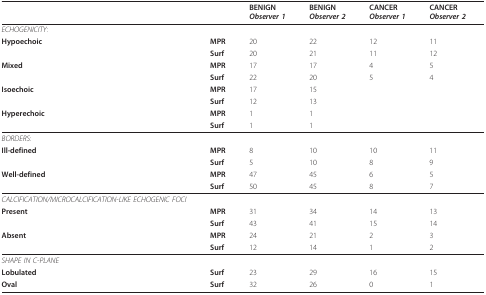
<table><thead><tr><td></td><td></td><td><b>BENIGN<i>Observer 1</i></b></td><td><b>BENIGN<i>Observer 2</i></b></td><td><b>CANCER<i>Observer 1</i></b></td><td><b>CANCER<i>Observer 2</i></b></td></tr></thead><tbody><tr><td><i>ECHOGENICITY</i>:</td><td></td><td></td><td></td><td></td><td></td></tr><tr><td><b>Hypoechoic</b></td><td><b>MPR</b></td><td>20</td><td>22</td><td>12</td><td>11</td></tr><tr><td></td><td><b>Surf</b></td><td>20</td><td>21</td><td>11</td><td>12</td></tr><tr><td><b>Mixed</b></td><td><b>MPR</b></td><td>17</td><td>17</td><td>4</td><td>5</td></tr><tr><td></td><td><b>Surf</b></td><td>22</td><td>20</td><td>5</td><td>4</td></tr><tr><td><b>Isoechoic</b></td><td><b>MPR</b></td><td>17</td><td>15</td><td></td><td></td></tr><tr><td></td><td><b>Surf</b></td><td>12</td><td>13</td><td></td><td></td></tr><tr><td><b>Hyperechoic</b></td><td><b>MPR</b></td><td>1</td><td>1</td><td></td><td></td></tr><tr><td></td><td><b>Surf</b></td><td>1</td><td>1</td><td></td><td></td></tr><tr><td><i>BORDERS</i>:</td><td></td><td></td><td></td><td></td><td></td></tr><tr><td><b>Ill-defined</b></td><td><b>MPR</b></td><td>8</td><td>10</td><td>10</td><td>11</td></tr><tr><td></td><td><b>Surf</b></td><td>5</td><td>10</td><td>8</td><td>9</td></tr><tr><td><b>Well-defined</b></td><td><b>MPR</b></td><td>47</td><td>45</td><td>6</td><td>5</td></tr><tr><td></td><td><b>Surf</b></td><td>50</td><td>45</td><td>8</td><td>7</td></tr><tr><td><i>CALCIFICATION/MICROCALCIFICATION-LIKE ECHOGENIC FOCI</i></td><td></td><td></td><td></td><td></td><td></td></tr><tr><td><b>Present</b></td><td><b>MPR</b></td><td>31</td><td>34</td><td>14</td><td>13</td></tr><tr><td></td><td><b>Surf</b></td><td>43</td><td>41</td><td>15</td><td>14</td></tr><tr><td><b>Absent</b></td><td><b>MPR</b></td><td>24</td><td>21</td><td>2</td><td>3</td></tr><tr><td></td><td><b>Surf</b></td><td>12</td><td>14</td><td>1</td><td>2</td></tr><tr><td><i>SHAPE IN C-PLANE</i></td><td></td><td></td><td></td><td></td><td></td></tr><tr><td><b>Lobulated</b></td><td><b>Surf</b></td><td>23</td><td>29</td><td>16</td><td>15</td></tr><tr><td><b>Oval</b></td><td><b>Surf</b></td><td>32</td><td>26</td><td>0</td><td>1</td></tr></tbody></table>